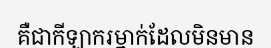
គឺជាកីឡាករម្នាក់ដែលមិនមាន